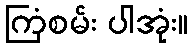
ကြံစမ်း ပါအုံး။